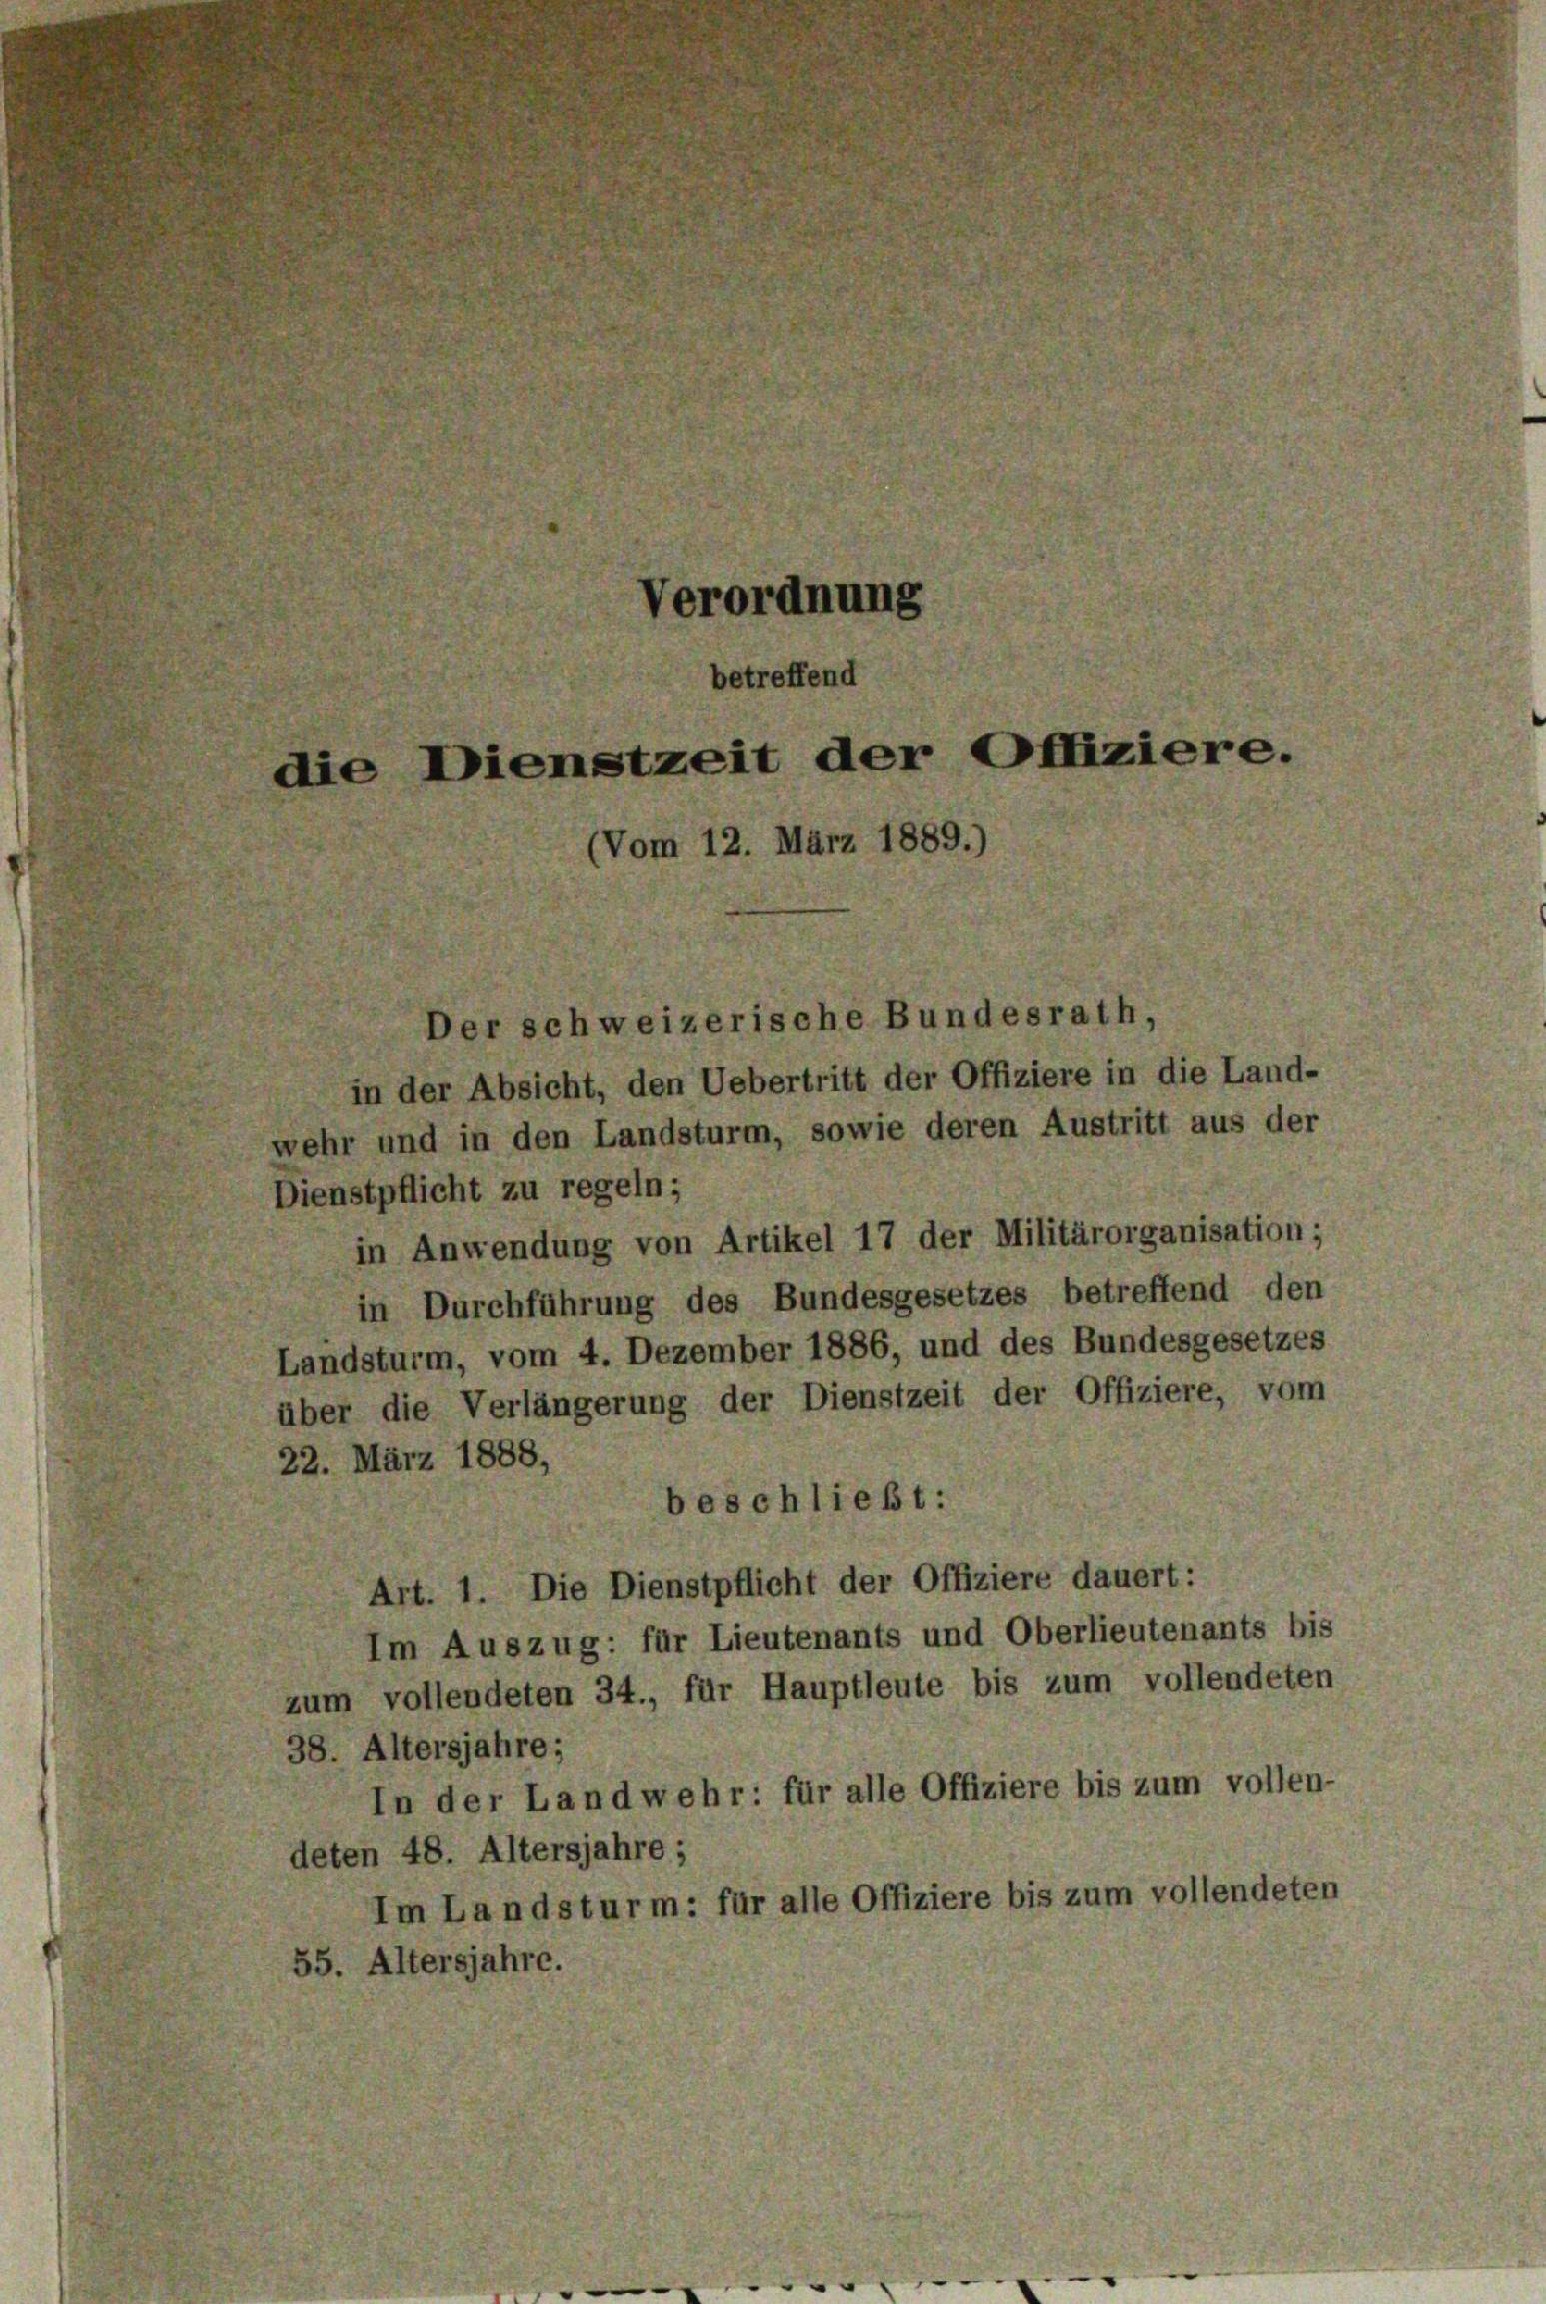
erordnung
betreffend
die Dienstzeit der Offiziere.
(Vom 12. März 1889.)

in der Absicht, den Uebertritt der Offiziere in die Land-
wehr und in den Landsturm, sowie deren Austritt aus der
Dienstpflicht zu regeln;
in Anwendung von Artikel 17 der Militärorganisation;
in Durchführung des Bundesgesetzes betreffend den
Landsturm, vom 4. Dezember 1886, und des Bundesgesetzes
über die Verlängerung der Dienstzeit der Offiziere, vom
22. März 1888,
beschließt:
Art. 1. Die Dienstpflicht der Offiziere dauert:
Im Auszug: für Lieutenants und Oberlieutenants bis
zum vollendeten 34., für Hauptleute bis zum vollendeten
38. Altersjahre;
In der Landwehr: für alle Offiziere bis zum vollen-
deten 48. Altersjahre;
Im Landsturm: für alle Offiziere bis zum vollendeten
. Altersjahre.

er schweizerische Bundesrath,